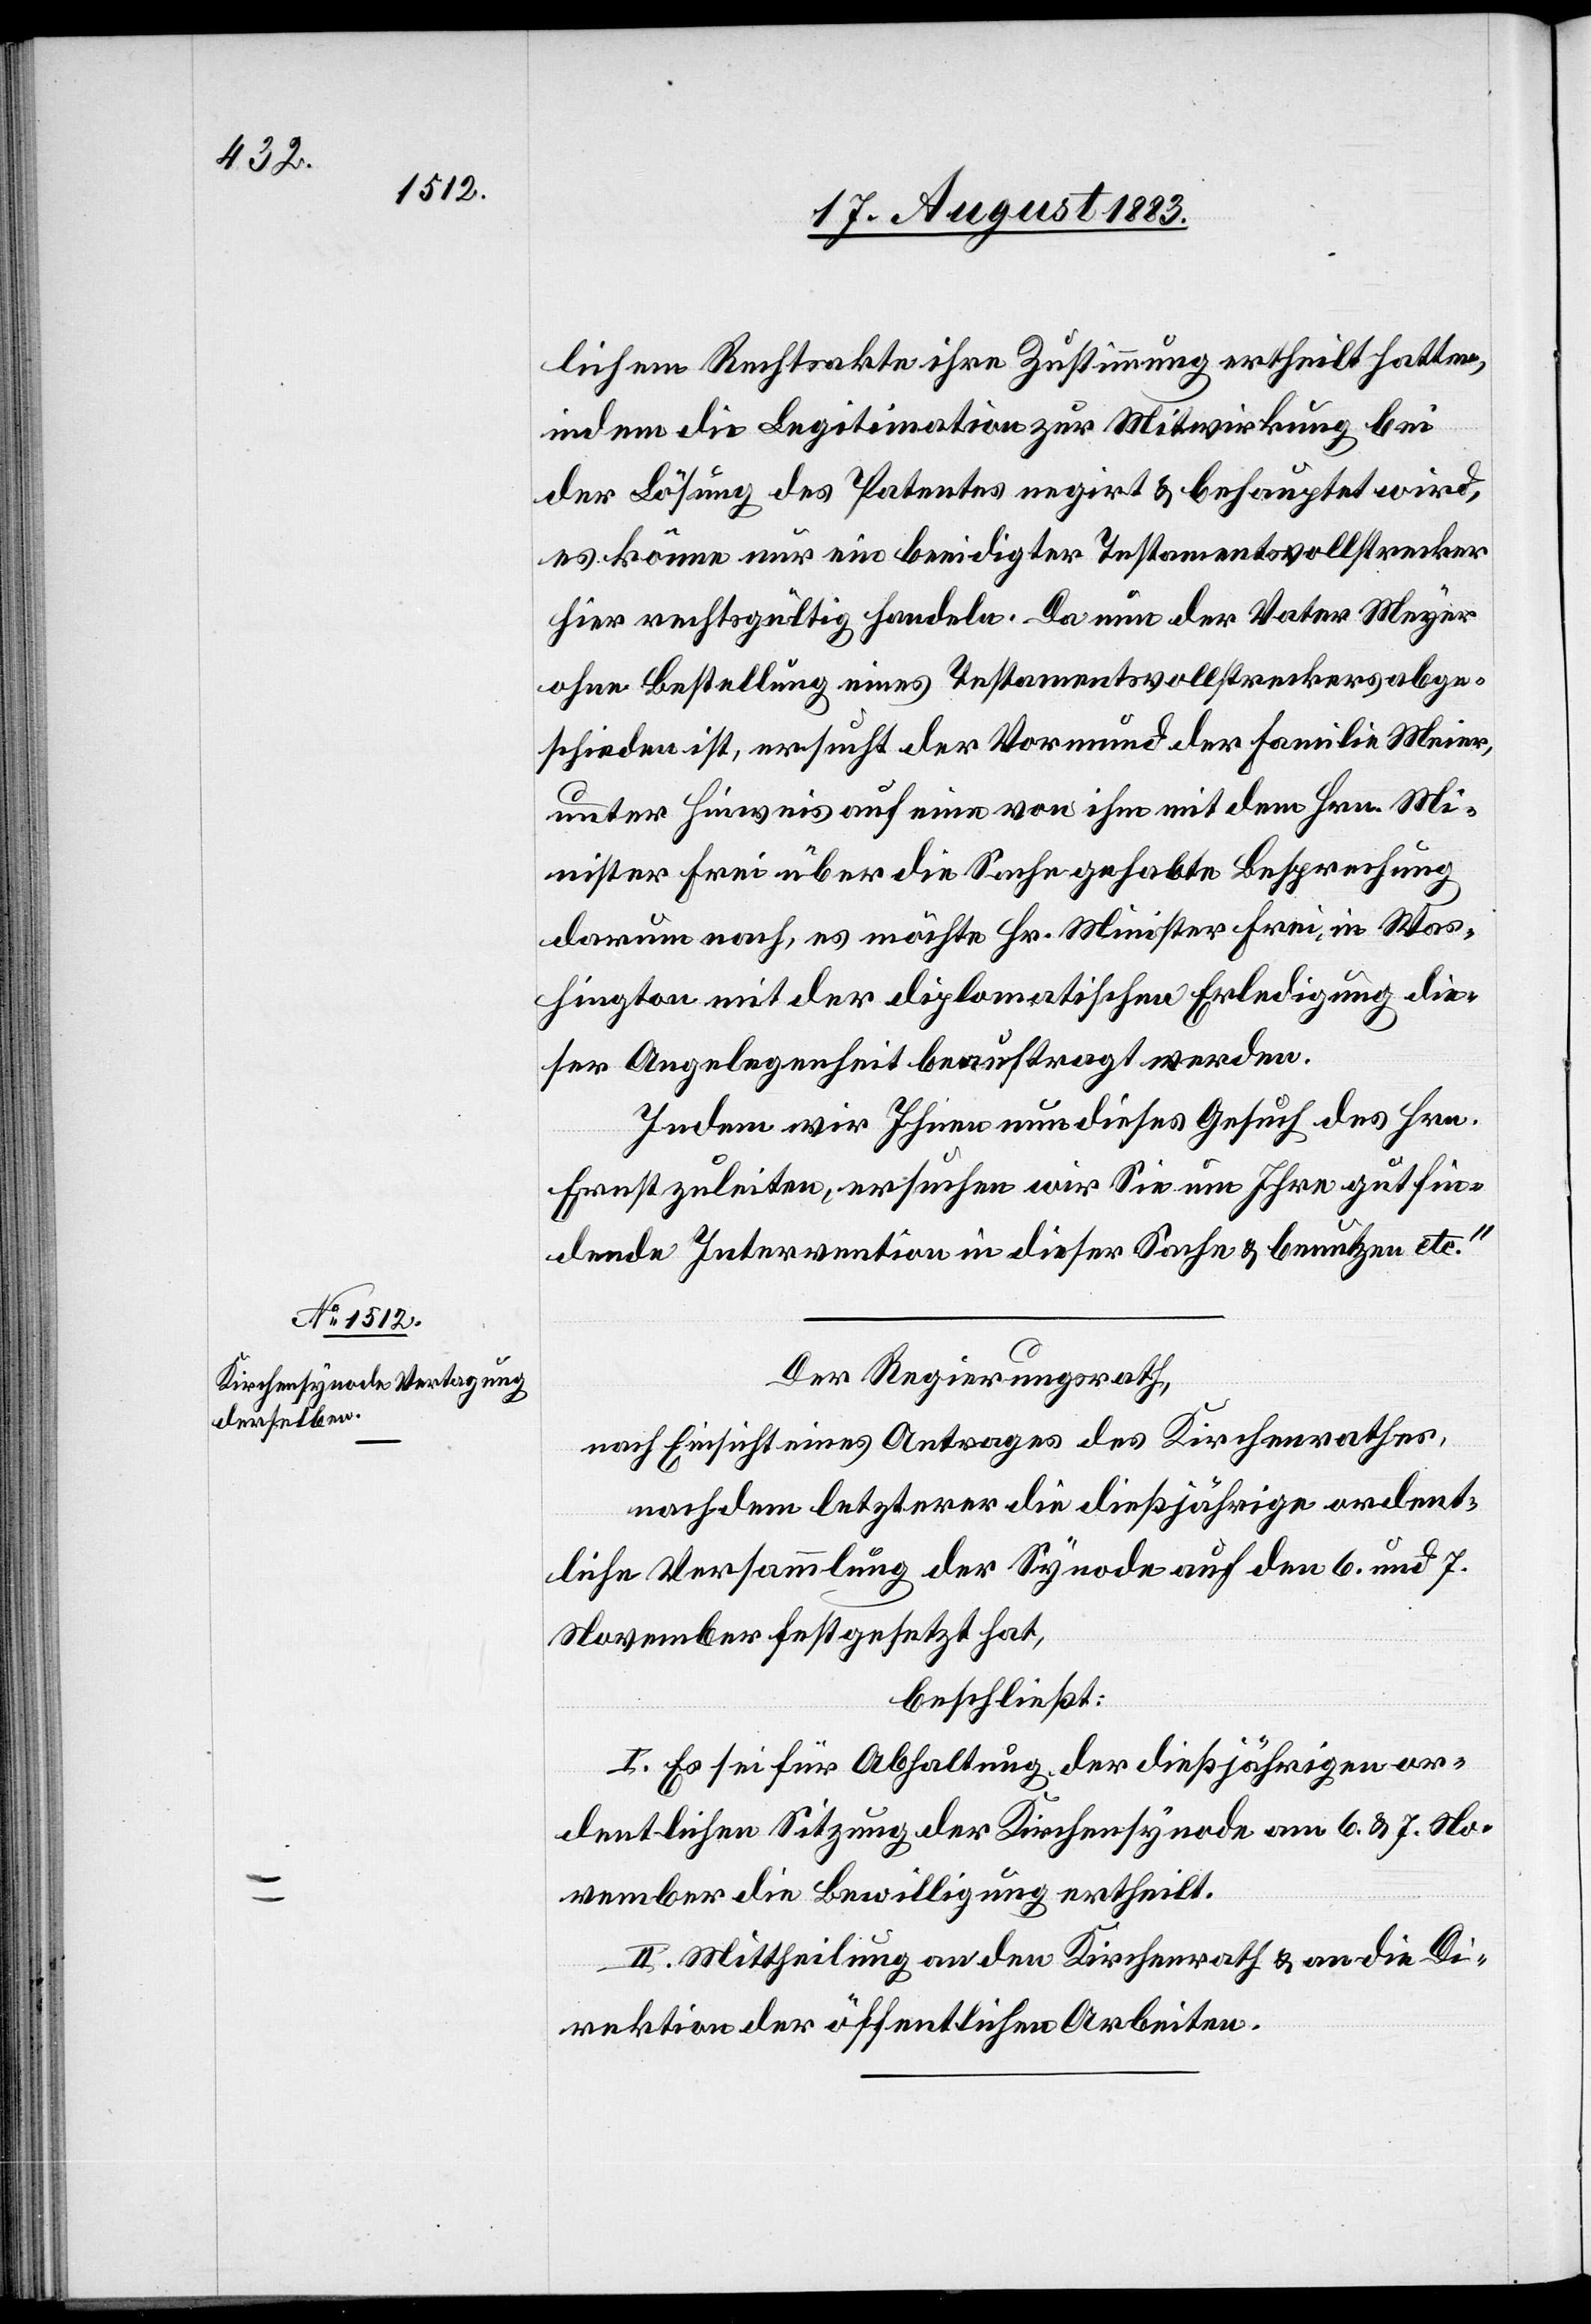
lichem Rechtsakte ihre Zustimmung ertheilt hatten,
indem die Legitimation zur Mitwirkung bei
der Lösung des Patentes negirt & behauptet wird,
es könne nur ein beeidigter Testamentsvollstrecker
hier rechtsgültig handeln. Da nun der Vater Meyer
ohne Bestellung eines Testamentsvollstreckers abge¬
schieden ist, ersucht der Vormund der Familie Meier
unter Hinweis auf eine von ihm mit dem Hrn. Mi¬
nister Frei über die Sache gehabte Besprechung
darum nach, es möchte Hr. Minister Frei, in Was¬
hington mit der diplomatischen Erledigung die¬
ser Angelegenheit beauftragt werden.
Indem wir Ihnen dieses Gesuch des Hrn.
Ernst zuleiten, ersuchen wir Sie um Ihre gutfin¬
dende Intervention in dieser Sache & benutzen etc.“
Der Regierungsrath,
Nach Einsicht eines Antrages des Kirchenrathes,
nachdem letzterer die dießjährige ordent¬
liche Versammlung der Synode auf den 6. und 7.
November festgesetzt hat,
beschließt:
I. Es sei für Abhaltung der dießjährigen or¬
dentlichen Sitzung der Kirchensynode am 6. & 7. No¬
vember die Bewilligung ertheilt.
II. Mittheilung an den Kirchenrath & an die Di¬
rektion der öffentlichen Arbeiten.